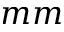
m m